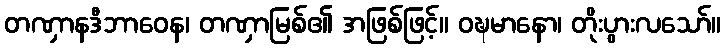
တဏှာနဒီဘာဝေန၊ တဏှာမြစ်၏ အဖြစ်ဖြင့်။ ဝဍ္ဎမာနော၊ တိုးပွားလသော်။